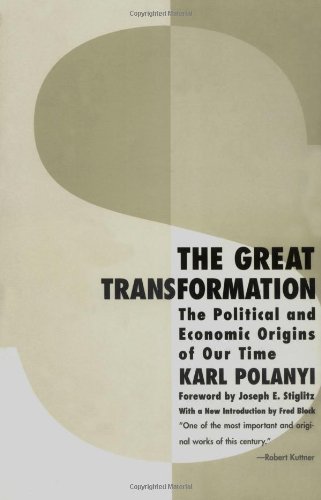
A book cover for The Great Transformation: The Political and Economic Origins of Our Time; Karl Polanyi; Business & Money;